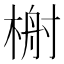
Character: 𬃢